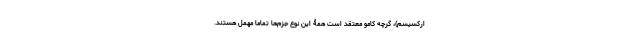
ارکسیسم)، گرچه کامو معتقد است همۀ این نوع جزم‌ها تماماً مهمل هستند.